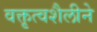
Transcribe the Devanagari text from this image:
वक्तृत्वशैलीने